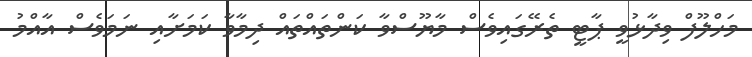
މަހްލޫފް ވިދާޅުވީ ޕާޓީ ތެރޭގައިވެސް މާޔޫސްވާ ކަންތައްތައް ދިމާވާ ކަމަށާއި ނަމަވެސް އާއްމު